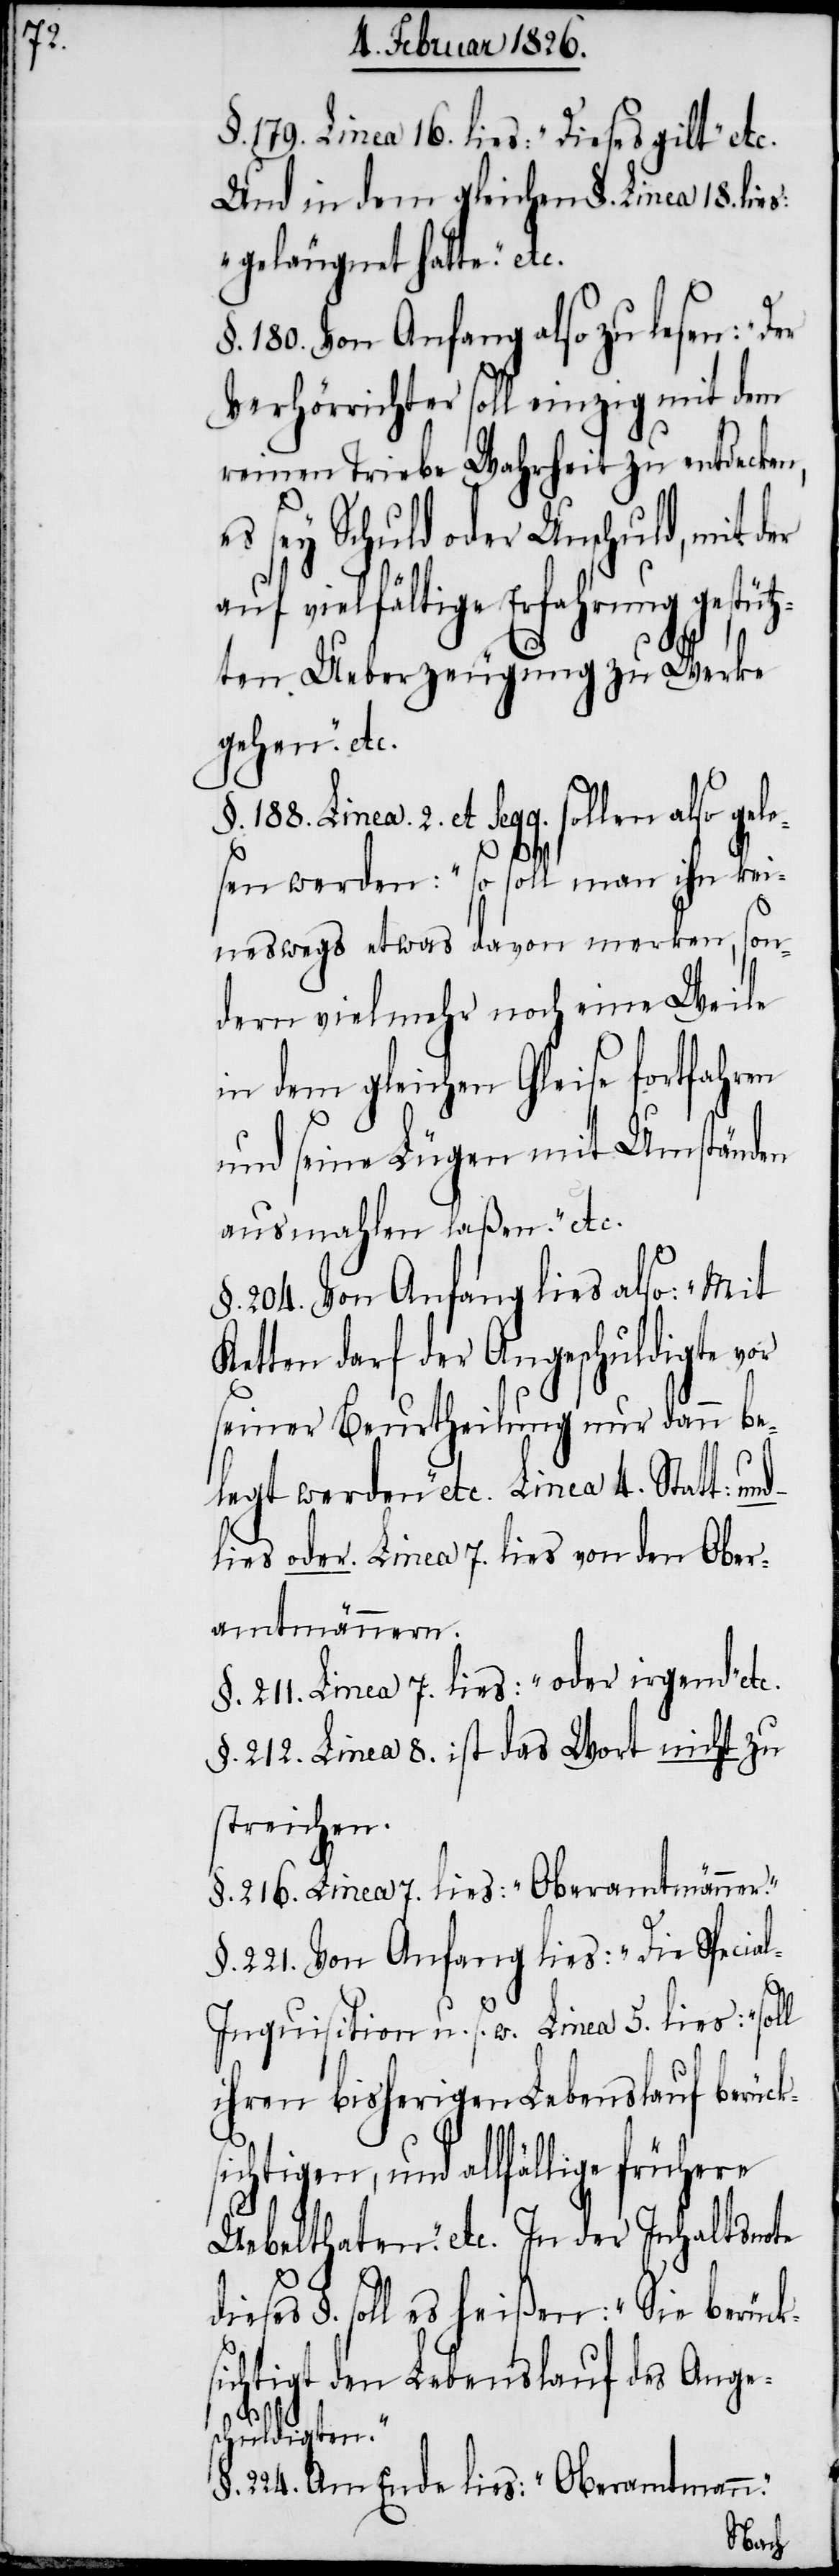
§. 179. Linea 16. lies: „Dieses gilt“ etc.
Und in dem gleichen §. Linea 18. lies:
„ geläugnet hatte.“ et¬
180. Von Anfang also zu lesen: „Der
Verhörrichter soll einzig mit dem
reinen Triebe Wahrheit zu entdecken,
es sey Schuld oder Unschuld, mit der
auf vielfältige Erfahrung gestütz¬
d¬
ten Ueberzeugung zu Werke
gehen.“ etc.
§. 188. Linea 2. et seqq. sollen also gele¬
sen werden: „so soll man ihn kei¬
neswegs etwas davon merken, son¬
dern vielmehr von eine Weile
in dem gleichen Gleise fortfahren
und seine Lügen mit Umständen
ausmahlen laßen.“ etc.
§. 204. Von Anfang lies also: „Mit
Ketten darf der Angeschuldigte vor
seiner Beurtheilung nur dann be¬
legt werden“ etc. Linea 4. Statt: und
lies oder. Linea 7. lies von den Ober¬
amtmännern.
§. 211. Linea 7. lies: „oder irgend“ etc.
§. 212. Linea 8. ist das Wort nicht zu
streichen.
§. 216. Linea 7. lies: „Oberamtmänner.“
§. 221. Von Anfang lies: „Die Specia¬
l-Inquisition[“] u. s. w. Linea 5. lies: „soll
ihren bisherigen Lebenslauf berück¬
sichtigen, und allfällige frühere
Uebelthaten.“ etc. In der Inhaltsnote
ieses §. soll es heißen: „Sie berück¬
sichtigt den Lebenslauf des Ange¬
schuldigten.“
§. 224. Am Ende lies: „Oberamtmann.“